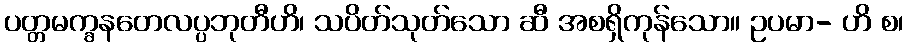
ပတ္တမက္ခနတေလပ္ပဘုတီဟိ၊ သပိတ်သုတ်သော ဆီ အစရှိကုန်သော။ ဥပမာ- ဟိ စ၊